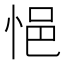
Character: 悒